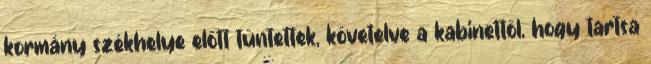
kormány székhelye előtt tüntettek, követelve a kabinettől, hogy tartsa